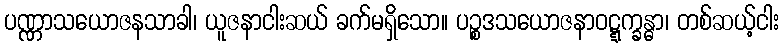
ပဏ္ဏာသယောဇနသာခါ၊ ယူဇနာငါးဆယ် ခက်မရှိသော။ ပဉ္စဒသယောဇနာဝဋ္ဋက္ခန္ဓာ၊ တစ်ဆယ့်ငါး